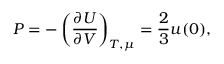
P = - \left( { \frac { \partial U } { \partial V } } \right) _ { T , \mu } = { \frac { 2 } { 3 } } u ( 0 ) ,